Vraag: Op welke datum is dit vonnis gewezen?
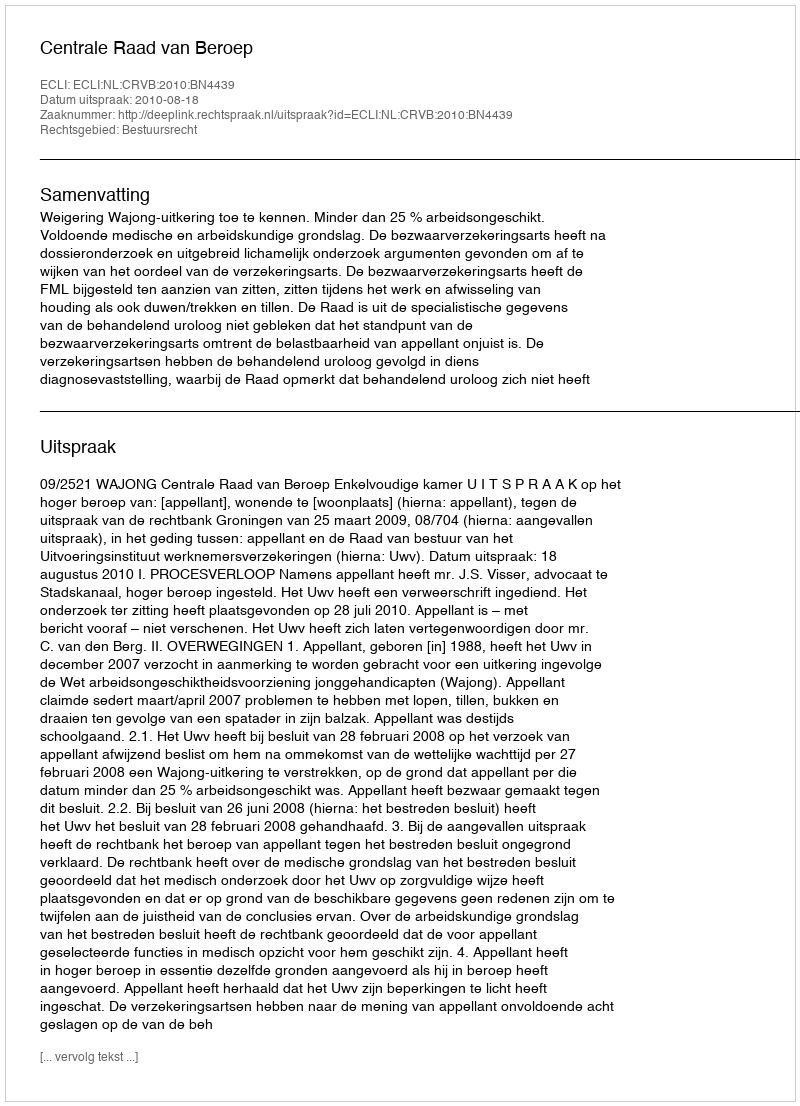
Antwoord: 2010-08-18